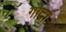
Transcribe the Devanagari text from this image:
गोदां